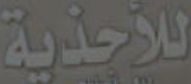
للأحذية